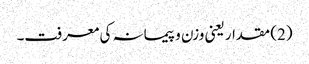
(2) مقدار یعنی وزن و پیمانہ کی معرفت۔